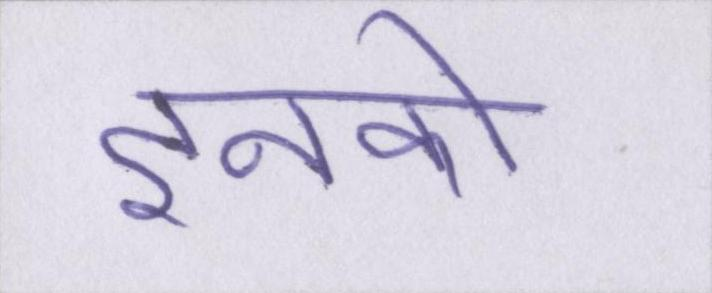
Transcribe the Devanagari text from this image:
इनको